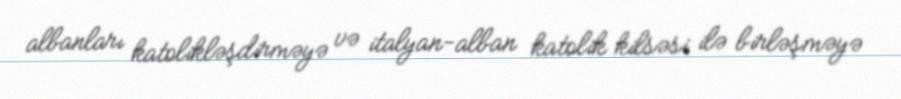
albanları katolikləşdirməyə və italyan-alban katolik kilsəsi ilə birləşməyə